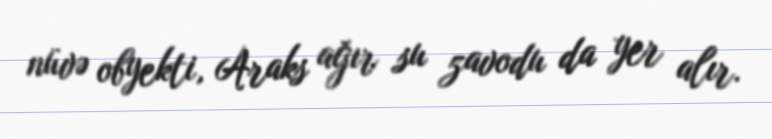
nüvə obyekti, Araks ağır su zavodu da yer alır.